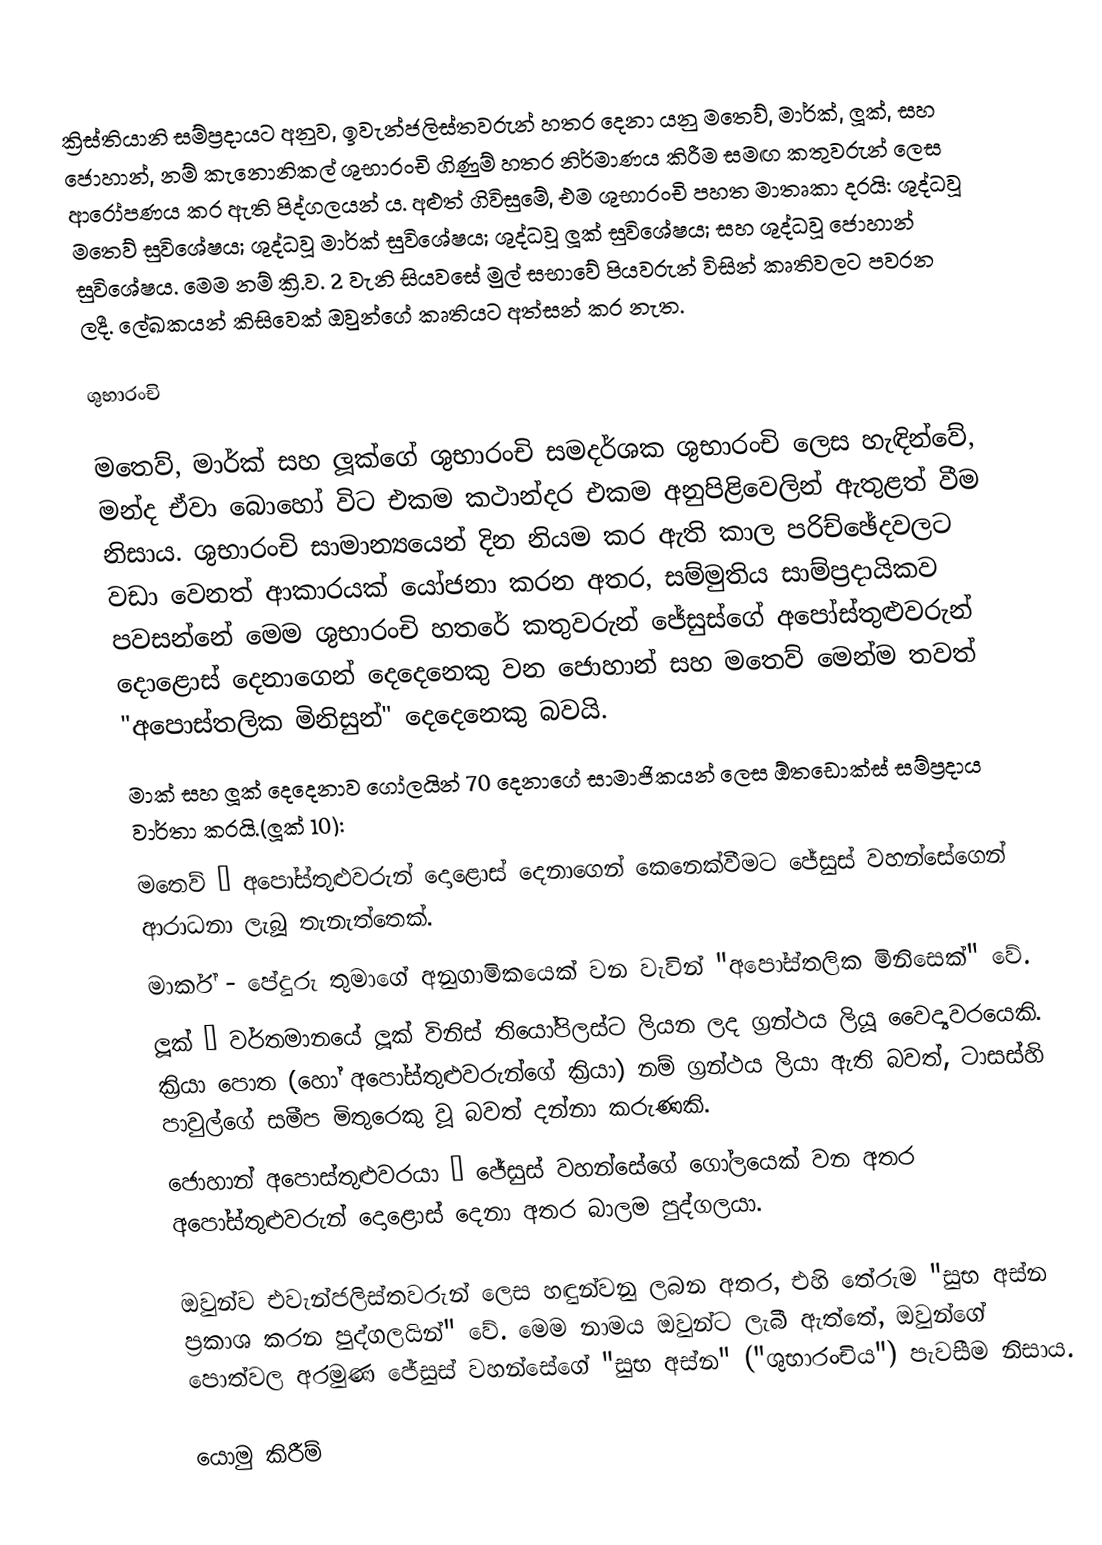
ක්‍රිස්තියානි සම්ප්‍රදායට අනුව, ඉවැන්ජලිස්තවරුන් හතර දෙනා යනු මතෙව්, මාර්ක්, ලූක්, සහ ජොහාන්, නම් කැනොනිකල් ශුභාරංචි ගිණුම් හතර නිර්මාණය කිරීම සමඟ කතුවරුන් ලෙස ආරෝපණය කර ඇති පිද්ගලයන් ය. අළුත් ගිවිසුමේ, එම ශුභාරංචි පහත මාතෘකා දරයි: ශුද්ධවූ මතෙව් සුවිශේෂය; ශුද්ධවූ මාර්ක් සුවිශේෂය; ශුද්ධවූ ලූක් සුවිශේෂය; සහ ශුද්ධවූ ජොහාන් සුවිශේෂය. මෙම නම් ක්‍රි.ව. 2 වැනි සියවසේ මුල් සභාවේ පියවරුන් විසින් කෘතිවලට පවරන ලදී. ලේඛකයන් කිසිවෙක් ඔවුන්ගේ කෘතියට අත්සන් කර නැත.

ශුභාරංචි

මතෙව්, මාර්ක් සහ ලූක්ගේ ශුභාරංචි සමදර්ශක ශුභාරංචි ලෙස හැඳින්වේ, මන්ද ඒවා බොහෝ විට එකම කථාන්දර එකම අනුපිළිවෙලින් ඇතුළත් වීම නිසාය. ශුභාරංචි සාමාන්‍යයෙන් දින නියම කර ඇති කාල පරිච්ඡේදවලට වඩා වෙනත් ආකාරයක් යෝජනා කරන අතර, සම්මුතිය සාම්ප්‍රදායිකව පවසන්නේ මෙම ශුභාරංචි හතරේ කතුවරුන් ජේසුස්ගේ අපෝස්තුළුවරුන් දොළොස් දෙනාගෙන් දෙදෙනෙකු වන ජොහාන් සහ මතෙව් මෙන්ම තවත් "අපොස්තලික මිනිසුන්" දෙදෙනෙකු බවයි.
මාක් සහ ලූක් දෙදෙනාව ගෝලයින් 70 දෙනාගේ සාමාජිකයන් ලෙස ඕතඩොක්ස් සම්ප්‍රදාය වාර්තා කරයි.(ලූක් 10):
මතෙව් – අපෝස්තුළුවරුන් දොළොස් දෙනාගෙන් කෙනෙක්වීමට ජේසුස් වහන්සේගෙන් ආරාධනා ලැබූ තැනැත්තෙක්.
මාර්ක් - පේදුරු තුමාගේ අනුගාමිකයෙක් වන වැවින් "අපෝස්තලික මිනිසෙක්" වේ.
ලූක් – වර්තමානයේ ලූක් විනිස් තියෝපිලස්ට ලියන ලද ග්‍රන්ථය ලියූ වෛද්‍යවරයෙකි. ක්‍රියා පොත (හෝ අපෝස්තුළුවරුන්ගේ ක්‍රියා) නම් ග්‍රන්ථය ලියා ඇති බවත්, ටාසස්හි පාවුල්ගේ සමීප මිතුරෙකු වූ බවත් දන්නා කරුණකි.
ජොහාන් අපොස්තුළුවරයා – ජේසුස් වහන්සේගේ ගෝලයෙක් වන අතර අපෝස්තුළුවරුන් දොළොස් දෙනා අතර බාලම පුද්ගලයා.

ඔවුන්ව එවැන්ජලිස්තවරුන් ලෙස හඳුන්වනු ලබන අතර, එහි තේරුම "සුභ අස්න ප්‍රකාශ කරන පුද්ගලයින්" වේ. මෙම නාමය ඔවුන්ට ලැබී ඇත්තේ, ඔවුන්ගේ පොත්වල අරමුණ ජේසුස් වහන්සේගේ "සුභ අස්න" ("ශුභාරංචිය") පැවසීම නිසාය.

යොමු කිරීම්